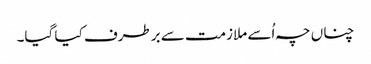
چناں چہ اُسے ملازمت سے برطرف کیا گیا۔